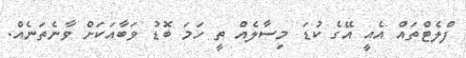
ފްލެޓްތައް އެއީ އޭގެ ކުޑަ މިސާލެއް ތީ ހަމަ ބޮޑު ވަބާއަކަށް ވާނެތަނެއް.